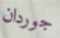
جوردان